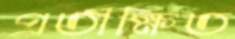
প্রতীক্ষিত